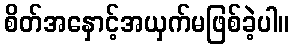
စိတ်အနှောင့်အယှက်မဖြစ်ခဲ့ပါ။